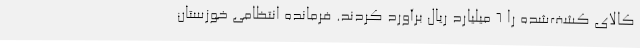
کالای کشف‌شده را 6 میلیارد ریال برآورد کردند. فرمانده انتظامی خوزستان